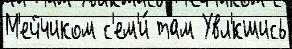
М'ейчиком с'ем'и́ там Увл'́кшись